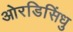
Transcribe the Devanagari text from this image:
ओरडिसिंधु